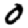
Digit: 0